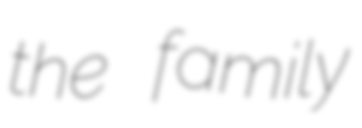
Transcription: the family